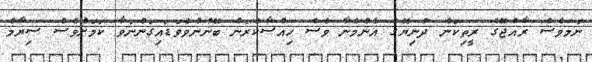
ނަމަވެސް ރާއްޖޭގެ ރީތިކަން ދުނިޔޭގެ އެންމެނާ ވެސް ހިއްސާކުރަން ބޭނުންވެވަޑައިގަންނަވާ ކަމަށްވެސް ސިޔާމް